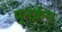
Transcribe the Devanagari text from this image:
पुनर्क्रम